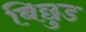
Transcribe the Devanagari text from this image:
बिछुड